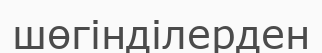
шөгінділерден